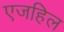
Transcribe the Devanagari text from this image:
एजहिल